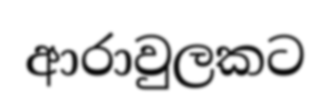
ආරාවුලකට